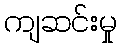
ကျဆင်းမှု